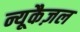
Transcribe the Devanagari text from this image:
न्यूकैज़ल